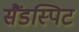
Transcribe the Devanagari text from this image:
सैंडस्पिट